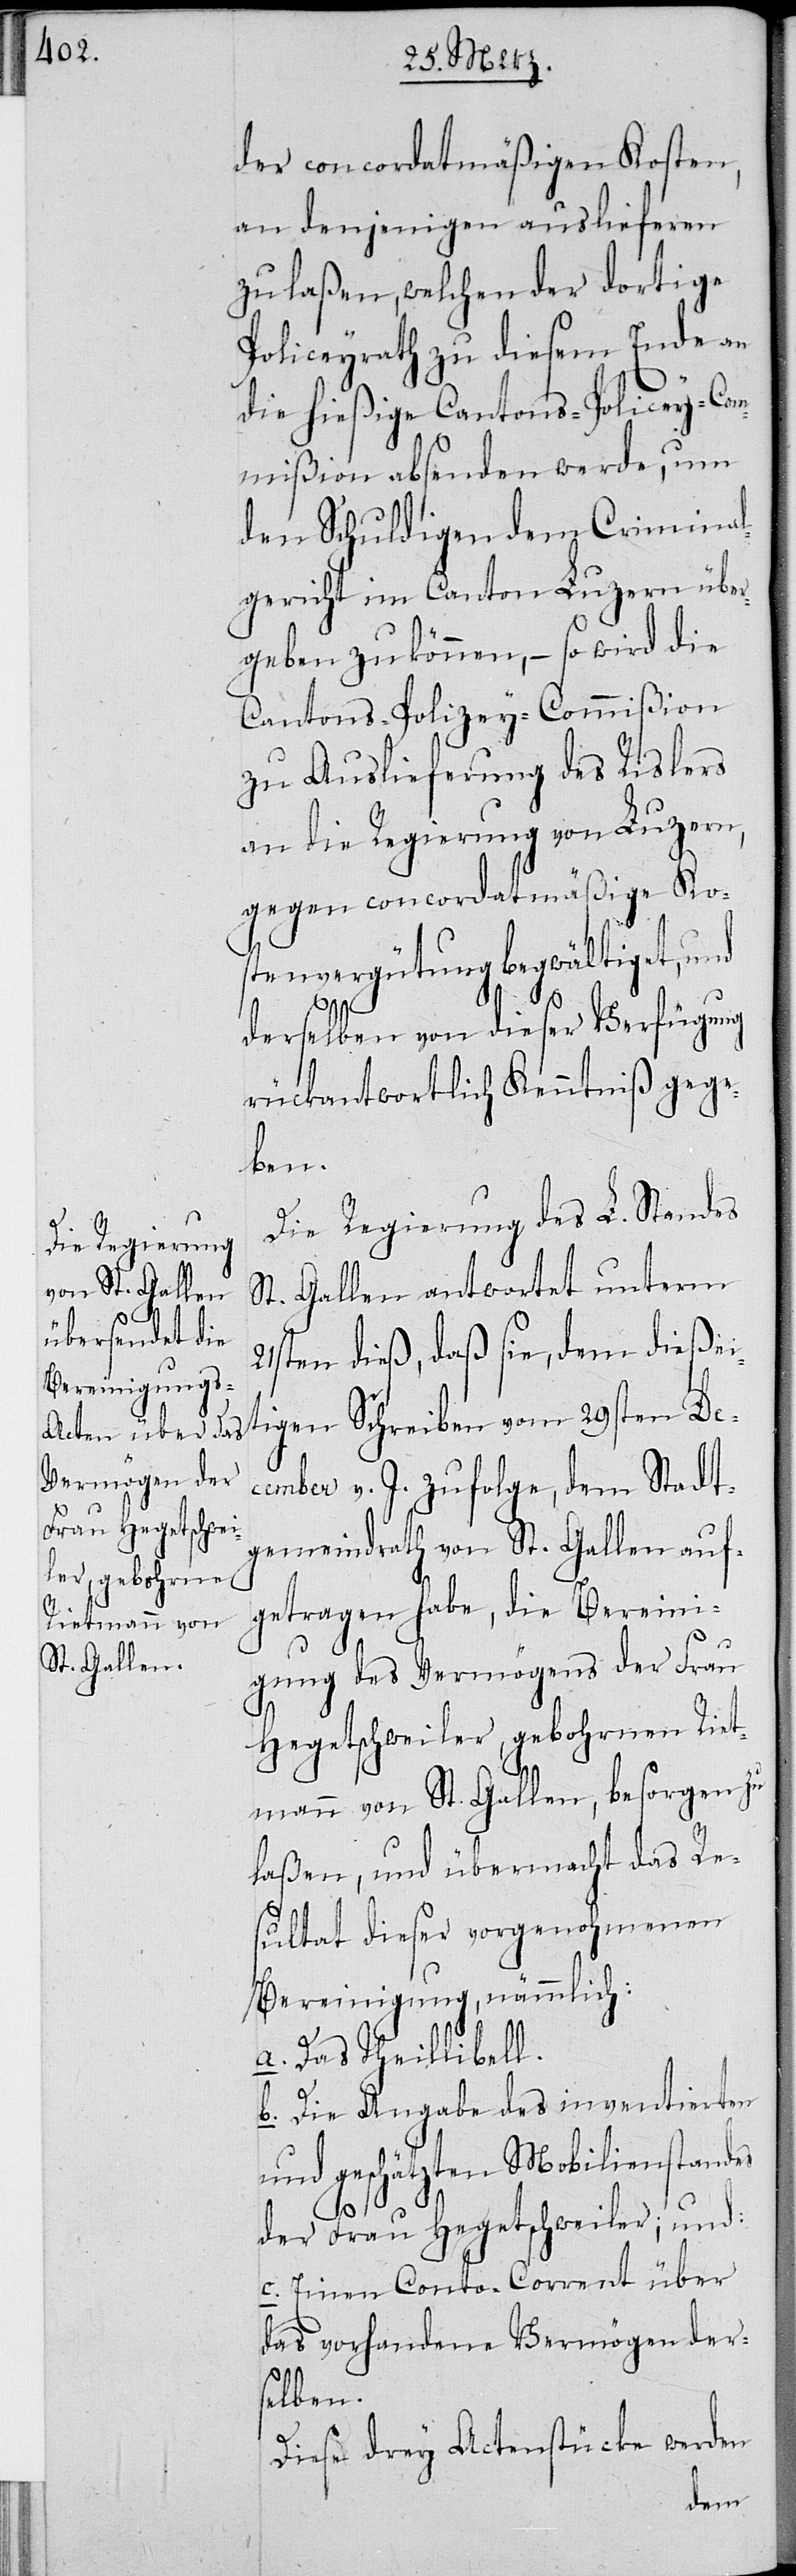
der concordatsmäßigen Kosten,
an denjenigen auslieferen
zu laßen, welchen der dortige
Policeyrath zu diesem Ende an
die hießige Cantons-Policey-Com¬
mißion absenden werde, um
den Schuldigen dem Criminal¬
gericht im Canton Luzern über¬
geben zu können, – so wird die
Cantons-Polizey-Commißion
zu Auslieferung des Rislers
an die Regierung von Luzern,
gegen concordatsmäßige Ko¬
stenvergütung begwältiget, und
derselben von dieser Verfügung
rückantwortlich Kenntniß gege¬
ben.
Die Regierung des L. Standes
St. Gallen antwortet unterm
21sten dieß, daß sie, dem dießei¬
tigen Schreiben vom 29sten De¬
cember v. J. zufolge, dem Stadt¬
gemeindrath von St. Gallen auf¬
getragen habe, die Bereini¬
gung des Vermögens der Frau
Hegetschweiler, gebohrnen Riet¬
mann von St. Gallen, besorgen zu
laßen, und übermacht das Re¬
sultat dieser vorgenohmenen
Bereinigung, nämmlich:
a. Das Theillibell.
b. Die Angabe des inventierten
und geschätzten Mobilienstandes
der Frau Hegetschweiler; und:
c. Einen Conto-Corrent über
das vorhandene Vermögen der¬
selben.
Diese drey Actenstücke werden